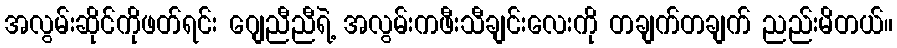
အလွမ်းဆိုင်ကိုဖတ်ရင်း ဂျေညီညီရဲ့ အလွမ်းကဖီးသီချင်းလေးကို တချက်တချက် ညည်းမိတယ်။